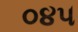
૦૪૫